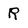
Character: R